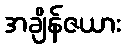
အချိန်ဇယား